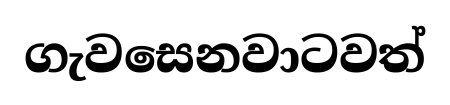
ගැවසෙනවාටවත්